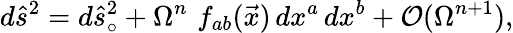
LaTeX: d{\hat{s}}^{2}=d{\hat{s}}_{\circ}^{2}+\Omega^{n}\, \, f_{ab}(\vec{x})\, dx^{a}\, dx^{b}+{\cal O}(\Omega^{n+1}),